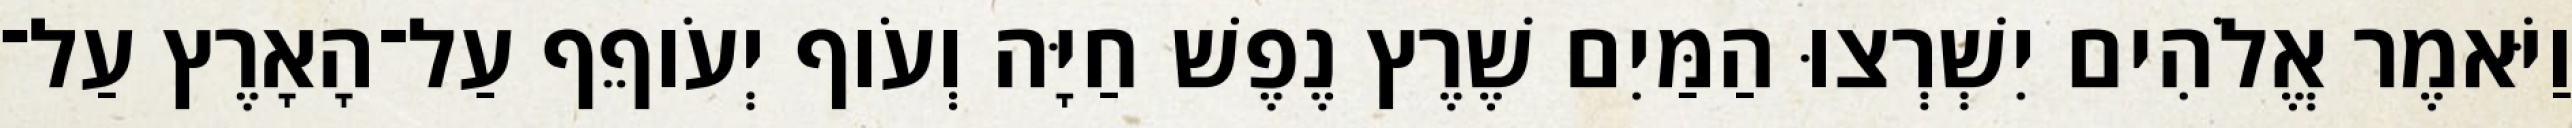
וַיֹּאמֶר אֱלֹהִים יִשְׁרְצוּ הַמַּיִם שֶׁרֶץ נֶפֶשׁ חַיָּה וְעֹוף יְעֹוףֵף עַל־הָאָרֶץ עַל־